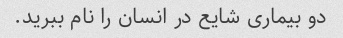
دو بیماری شایع در انسان را نام ببرید.